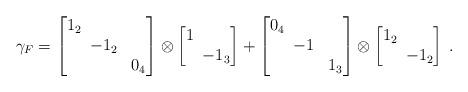
LaTeX: \begin{align*}\gamma_F=\begin{bmatrix} 1_2 \\ & \!\!-1_2 \\ && 0_4 \end{bmatrix}\otimes\begin{bmatrix} 1 \\ & \!\!-1_3 \end{bmatrix}+\begin{bmatrix} 0_4 \\ & \!\!-1 \\ && 1_3 \end{bmatrix}\otimes\begin{bmatrix} 1_2 \\ & \!\!-1_2 \end{bmatrix} \;.\end{align*}